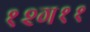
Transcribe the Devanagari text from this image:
१२ग११